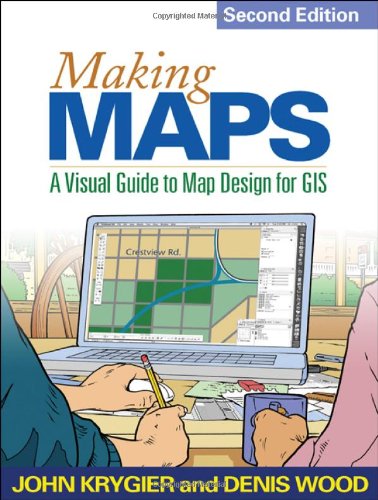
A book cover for Making Maps, Second Edition: A Visual Guide to Map Design for GIS; John Krygier PhD; Science & Math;